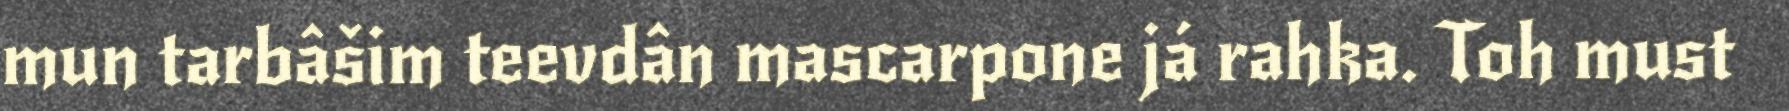
mun tarbâšim teevdân mascarpone já rahka. Toh must